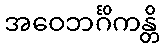
အဝေဘင်္ဂိကန္တိ